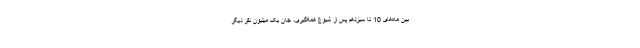
بین ماه‌های 10 تا سیزدهم پس از شیوع همه‌گیری، جان یک میلیون نفر دیگر